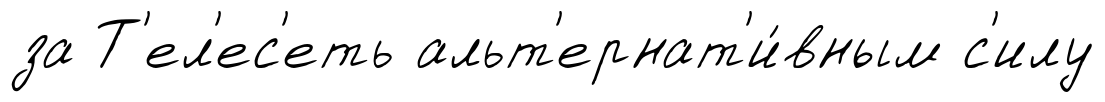
за Т'ел'ес'еть альт'ернат'и́вным с'илу